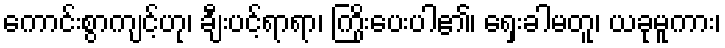
ကောင်းစွာကျင့်ဟု၊ ချီးပင့်ရာရာ၊ ကြိုးပေးပါ၏၊ ရှေးခါမတူ၊ ယခုမူကား၊